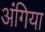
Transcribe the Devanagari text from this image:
अंगिया